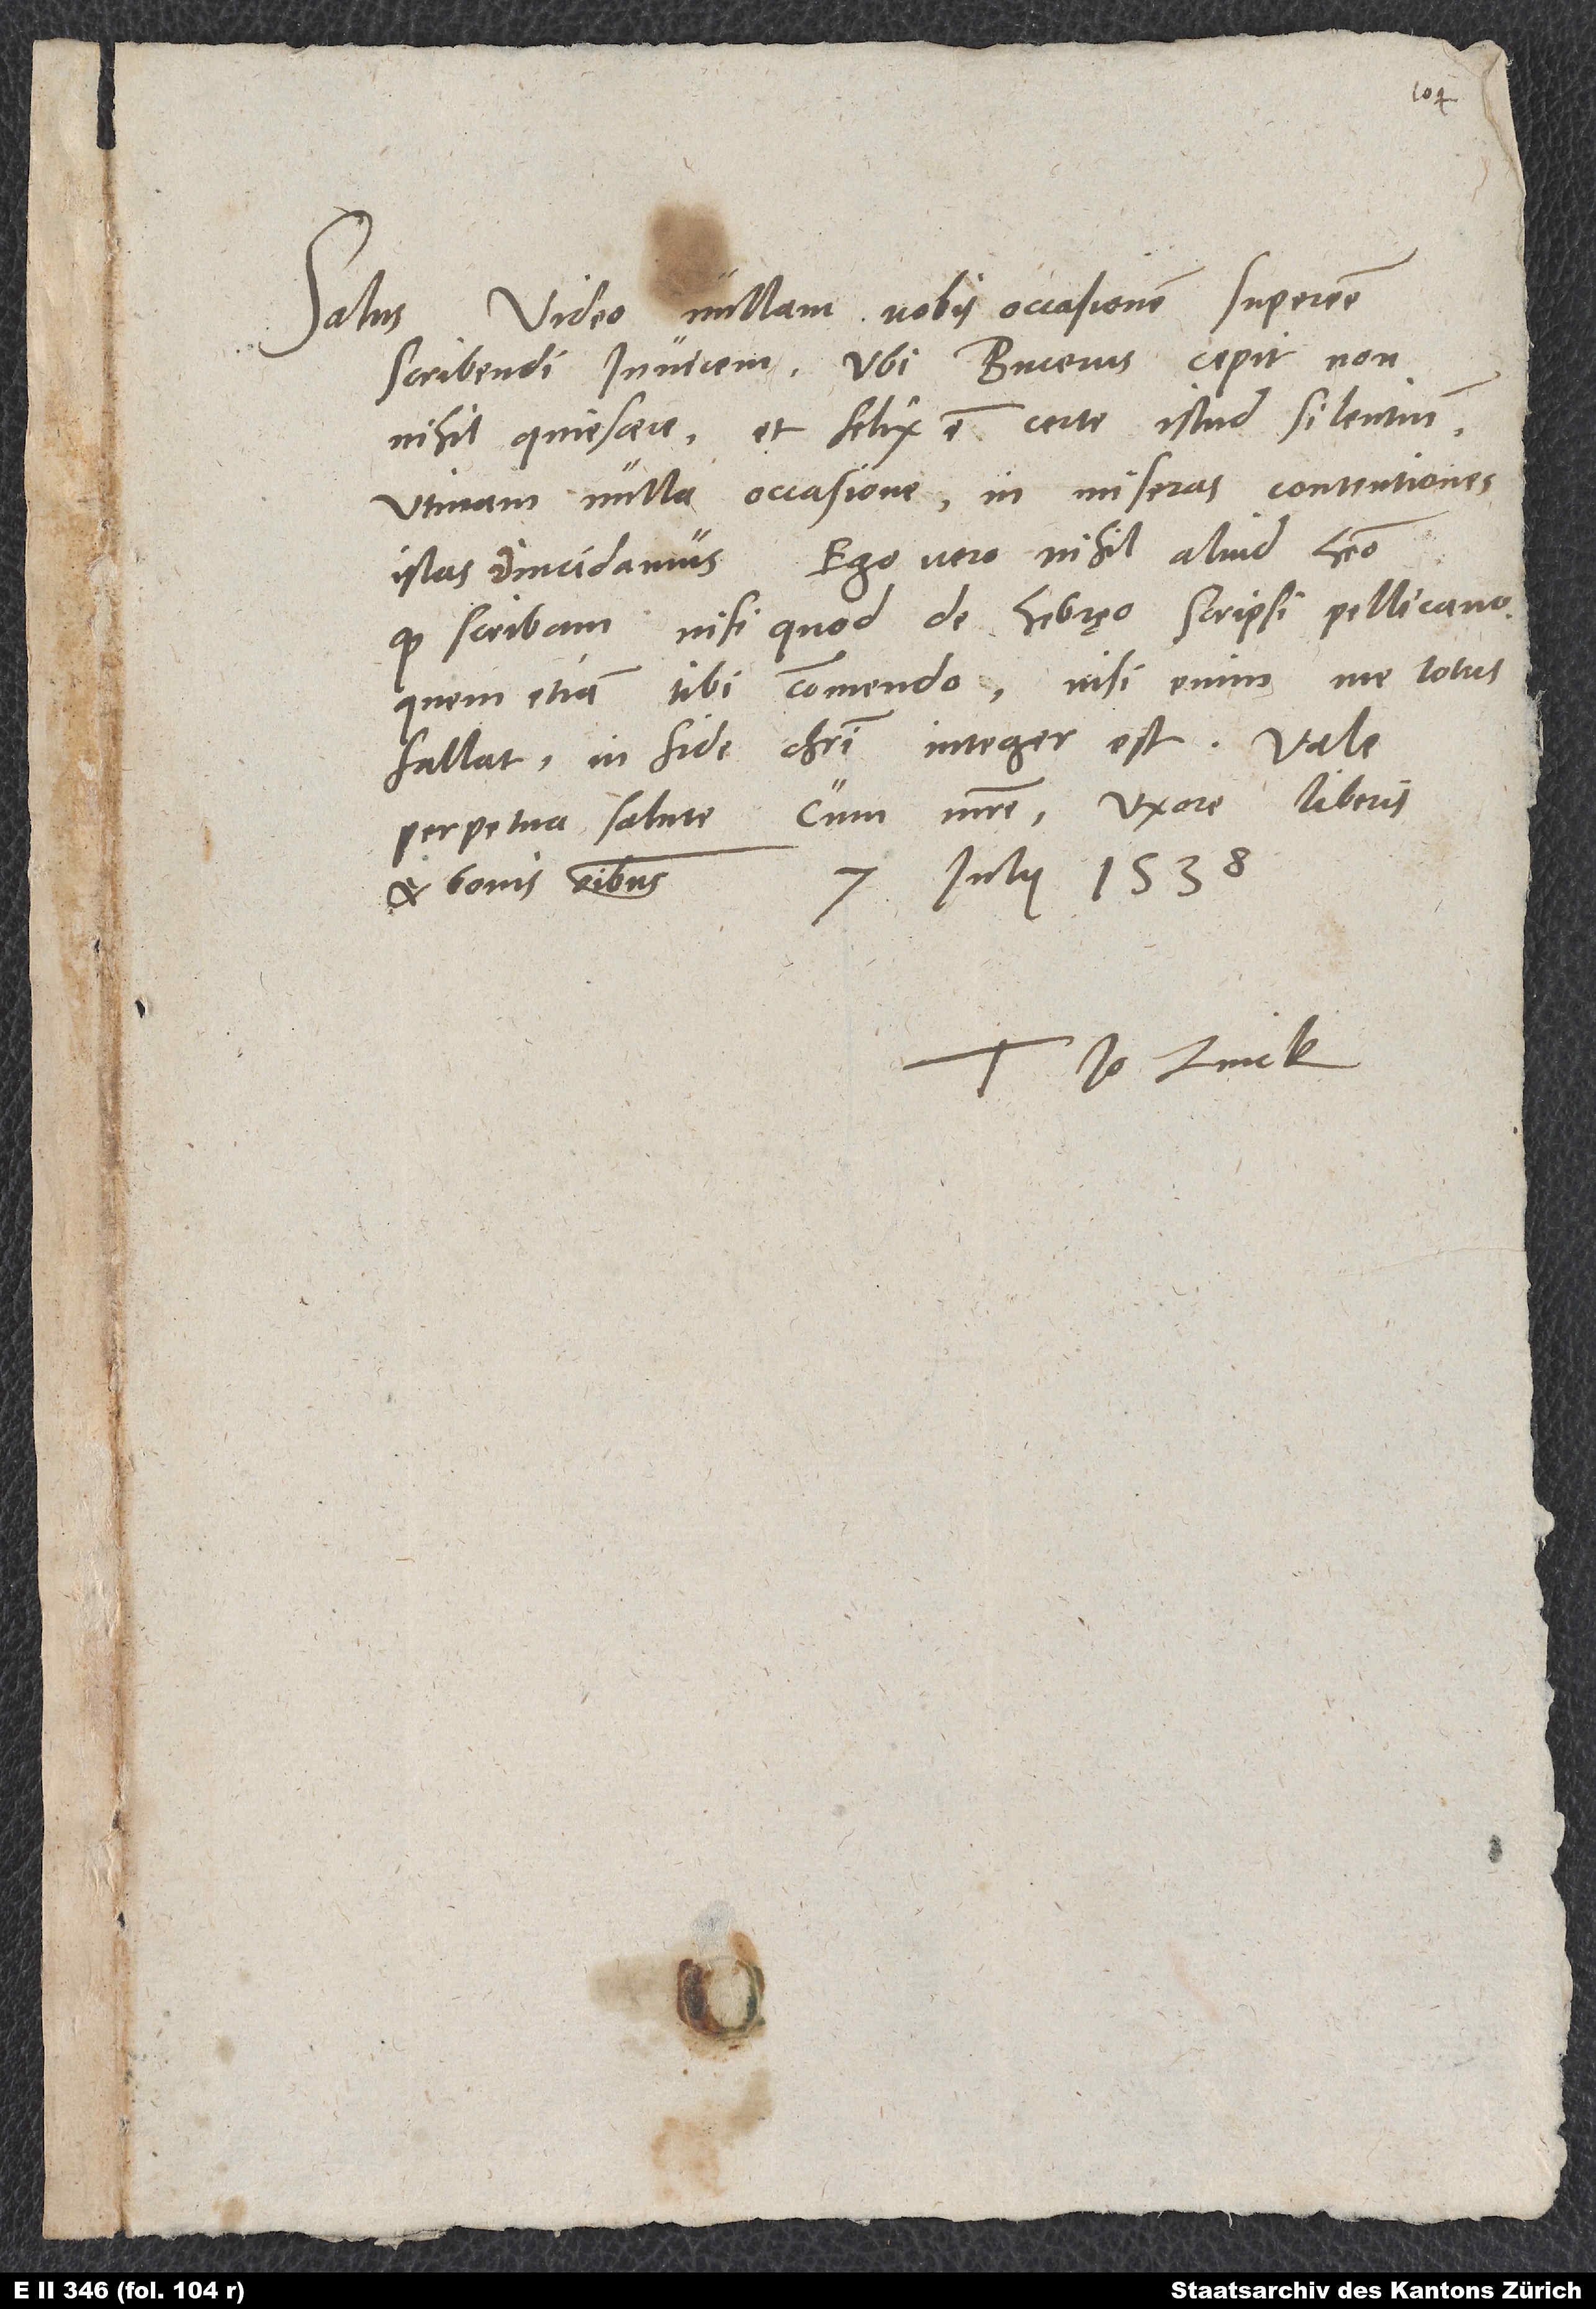
Video nullam nobis occasionem superesse
Salus.
scribendi invicem, ubi Bucerus cepit non
nihil quiescere, et felix est certe istud silentium.
Utinam nulla occasione in miseras contentiones
quod scribam, nisi quod de Hebręo scripsi Pellicano,
quem etiam tibi commendo. Nisi enim me totus
fallat, in fide Christi integer est.
perpetua salute cum matre, uxore, liberis
7. iulii 1538.
et bonis omnibus.
Tuus Io. Zvick.